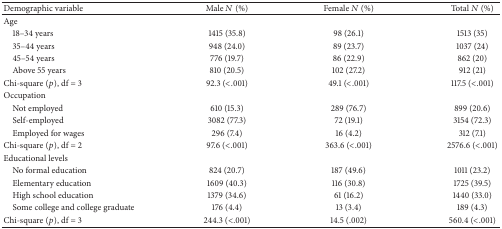
| Demographic variable | Male N (%) | Female N (%) | Total N (%) |
 | --- | --- | --- | --- |
 | Age |  |  |  |
 | 18–34 years | 1415 (35.8) | 98 (26.1) | 1513 (35) |
 | 35–44 years | 948 (24.0) | 89 (23.7) | 1037 (24) |
 | 45–54 years | 776 (19.7) | 86 (22.9) | 862 (20) |
 | Above 55 years | 810 (20.5) | 102 (27.2) | 912 (21) |
 | Chi-square (p), df = 3 | 92.3 (<.001) | 49.1 (<.001) | 117.5 (<.001) |
 | Occupation |  |  |  |
 | Not employed | 610 (15.3) | 289 (76.7) | 899 (20.6) |
 | Self-employed | 3082 (77.3) | 72 (19.1) | 3154 (72.3) |
 | Employed for wages | 296 (7.4) | 16 (4.2) | 312 (7.1) |
 | Chi-square (p), df = 2 | 97.6 (<.001) | 363.6 (<.001) | 2576.6 (<.001) |
 | Educational levels |  |  |  |
 | No formal education | 824 (20.7) | 187 (49.6) | 1011 (23.2) |
 | Elementary education | 1609 (40.3) | 116 (30.8) | 1725 (39.5) |
 | High school education | 1379 (34.6) | 61 (16.2) | 1440 (33.0) |
 | Some college and college graduate | 176 (4.4) | 13 (3.4) | 189 (4.3) |
 | Chi-square (p), df = 3 | 244.3 (<.001) | 14.5 (.002) | 560.4 (<.001) |